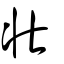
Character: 壯